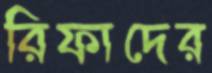
রিফাদের